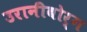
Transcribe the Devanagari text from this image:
उरानीबोर्ग